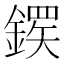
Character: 𬫸